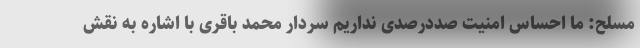
مسلح: ما احساس امنیت صددرصدی نداریم سردار محمد باقری با اشاره به نقش